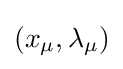
(x_{\mu },\lambda _{\mu })